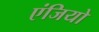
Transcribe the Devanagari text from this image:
एंजियो